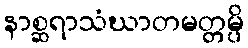
နာစ္ဆရာသံဃာတမတ္တမ္ပိ